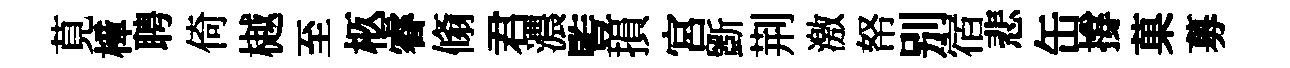
莧樟聘倚樾至柩睿翛君濃䜿損宮斵荆激帑别宿悲缶撐菓募